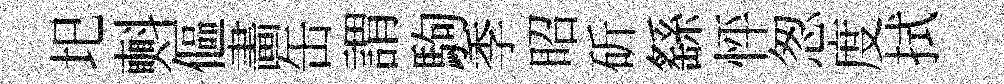
圯㪺傴畵缶謂駒季昭斫繇怦怱度拭